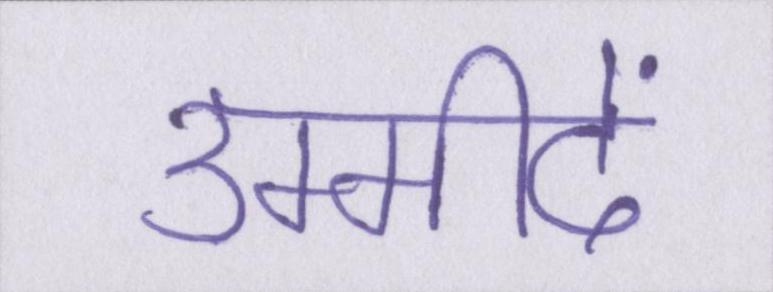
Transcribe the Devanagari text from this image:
उम्मीदें